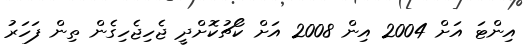
އިންޓަ އަށް 2004 އިން 2008 އަށް ކޯޗުކޮށްދީ ޖެހިޖެހިގެން ތިން ފަހަރު